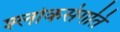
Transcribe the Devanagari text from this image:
श्लोकसंगति